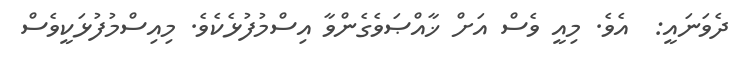
ދެވަނައީ:  އެވެ. މިއީ ވެސް އަށް ޚާއްޞަވެގެންވާ އިސްމުފުޅެކެވެ. މިއިސްމުފުޅަކީވެސް